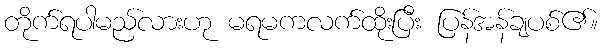
တိုက်ရပါမည်လားဟု မရမကလက်ထိုးပြီး ပြန်အန်ချပစ်၏။